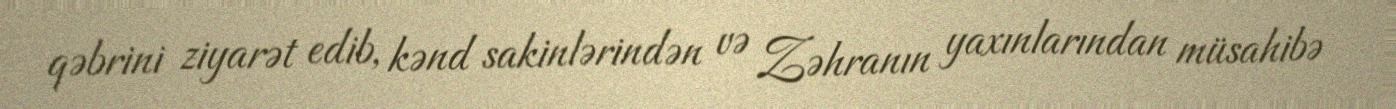
qəbrini ziyarət edib, kənd sakinlərindən və Zəhranın yaxınlarından müsahibə